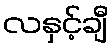
လနှင့်ချီ